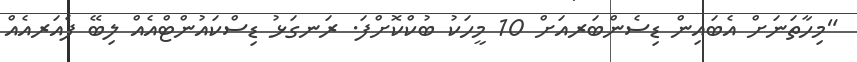
"މިހާތަނަށް އެބައިން ޑިސެންބަރއަށް 10 މީހަކު ބުކްކޮށްފަ. ރަނގަޅު ޑިސްކައުންޓްއެއް ލިބޭ ފެއަރއެއް